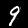
Label: 9